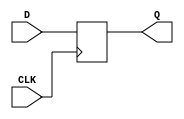
module neg_edge_DFF (
    input D, // Data input
    input CLK, // Clock input
    output reg Q // Output
);

always @(negedge CLK)
begin
    Q <= D;
end

endmodule